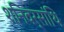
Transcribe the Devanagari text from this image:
शनिवर्सांथि